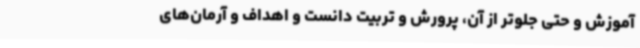
آموزش و حتی جلوتر از آن، پرورش و تربیت دانست و اهداف و آرمان‌های